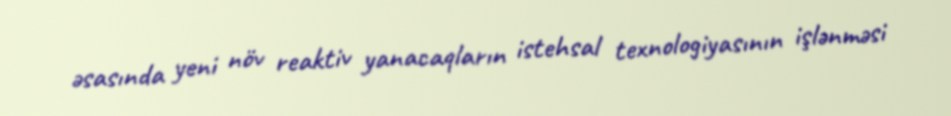
əsasında yeni növ reaktiv yanacaqların istehsal texnologiyasının işlənməsi